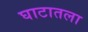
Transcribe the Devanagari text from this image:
घाटातला